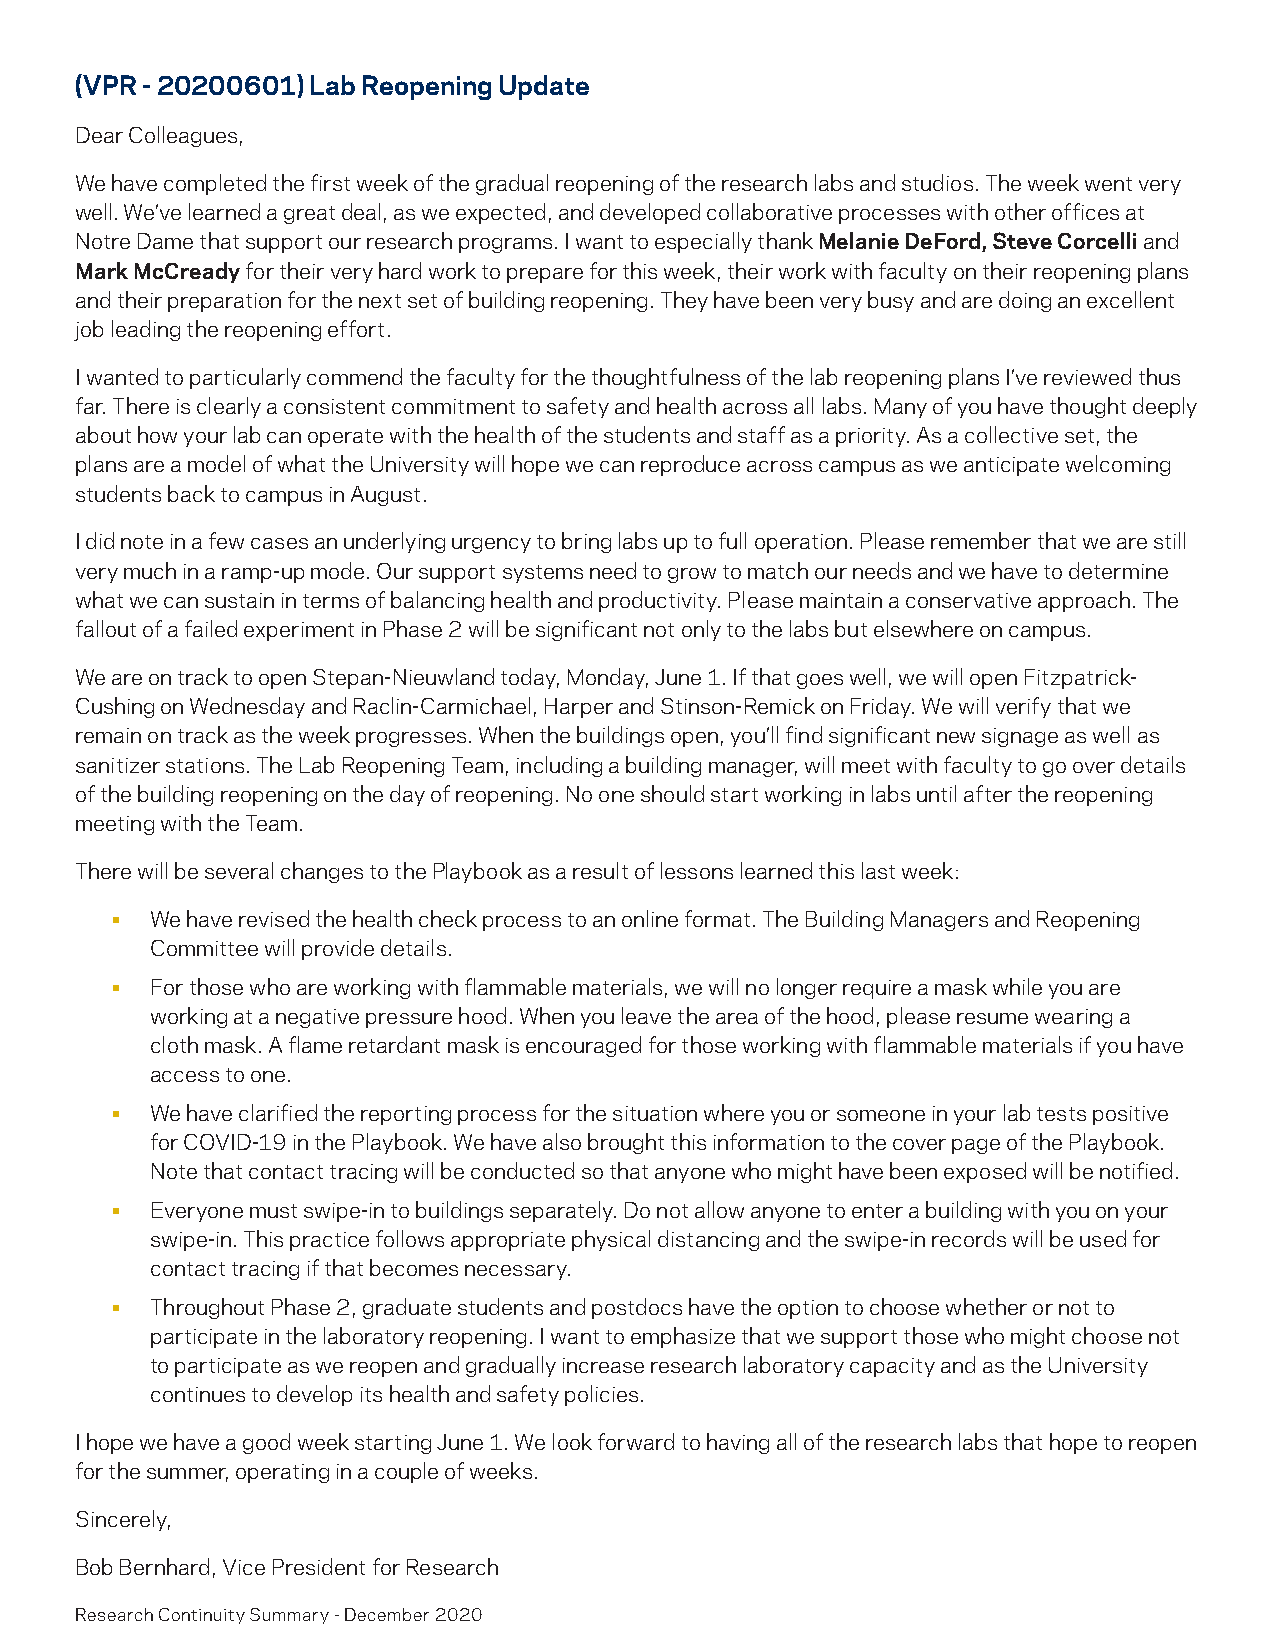
(VPR - 20200601) Lab Reopening Update
 Dear Colleagues,
 We have completed the first week of the gradual reopening of the research labs and studios. The week went very
 well. We’ve learned a great deal, as we expected, and developed collaborative processes with other offices at
 Notre Dame that support our research programs. I want to especially thank Melanie DeFord, Steve Corcelli and
 Mark McCready for their very hard work to prepare for this week, their work with faculty on their reopening plans
 and their preparation for the next set of building reopening. They have been very busy and are doing an excellent
 job leading the reopening effort.
 I wanted to particularly commend the faculty for the thoughtfulness of the lab reopening plans I’ve reviewed thus
 far. There is clearly a consistent commitment to safety and health across all labs. Many of you have thought deeply
 about how your lab can operate with the health of the students and staff as a priority. As a collective set, the
 plans are a model of what the University will hope we can reproduce across campus as we anticipate welcoming
 students back to campus in August.
 I did note in a few cases an underlying urgency to bring labs up to full operation. Please remember that we are still
 very much in a ramp-up mode. Our support systems need to grow to match our needs and we have to determine
 what we can sustain in terms of balancing health and productivity. Please maintain a conservative approach. The
 fallout of a failed experiment in Phase 2 will be significant not only to the labs but elsewhere on campus.
 We are on track to open Stepan-Nieuwland today, Monday, June 1. If that goes well, we will open Fitzpatrick-
 Cushing on Wednesday and Raclin-Carmichael, Harper and Stinson-Remick on Friday. We will verify that we
 remain on track as the week progresses. When the buildings open, you’ll find significant new signage as well as
 sanitizer stations. The Lab Reopening Team, including a building manager, will meet with faculty to go over details
 of the building reopening on the day of reopening. No one should start working in labs until after the reopening
 meeting with the Team.
 There will be several changes to the Playbook as a result of lessons learned this last week:
 •  We have revised the health check process to an online format. The Building Managers and Reopening
 Committee will provide details.
 •  For those who are working with flammable materials, we will no longer require a mask while you are
 working at a negative pressure hood. When you leave the area of the hood, please resume wearing a
 cloth mask. A flame retardant mask is encouraged for those working with flammable materials if you have
 access to one.
 •  We have clarified the reporting process for the situation where you or someone in your lab tests positive
 for COVID-19 in the Playbook. We have also brought this information to the cover page of the Playbook.
 Note that contact tracing will be conducted so that anyone who might have been exposed will be notified.
 •  Everyone must swipe-in to buildings separately. Do not allow anyone to enter a building with you on your
 swipe-in. This practice follows appropriate physical distancing and the swipe-in records will be used for
 contact tracing if that becomes necessary.
 •  Throughout Phase 2, graduate students and postdocs have the option to choose whether or not to
 participate in the laboratory reopening. I want to emphasize that we support those who might choose not
 to participate as we reopen and gradually increase research laboratory capacity and as the University
 continues to develop its health and safety policies.
 I hope we have a good week starting June 1. We look forward to having all of the research labs that hope to reopen
 for the summer, operating in a couple of weeks.
 Sincerely,
 Bob Bernhard, Vice President for Research
 Research Continuity Summary - December 2020